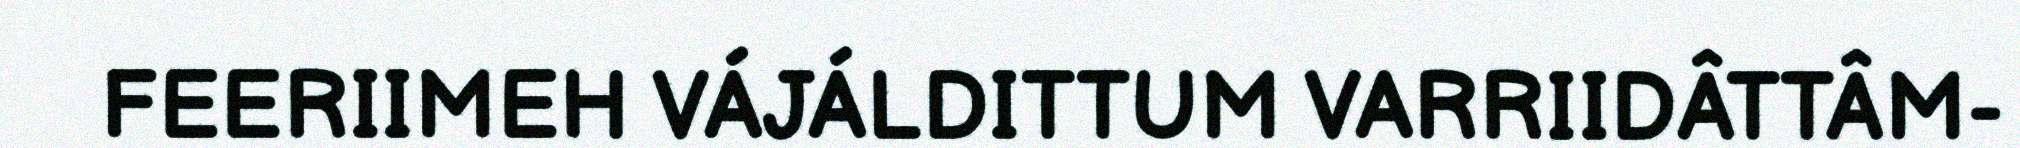
FEERIIMEH VÁJÁLDITTUM VARRIIDÂTTÂM-